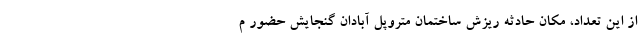
از این تعداد، مکان حادثه ریزش ساختمان متروپل آبادان گنجایش حضور م